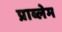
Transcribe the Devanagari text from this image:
प्राब्लेम